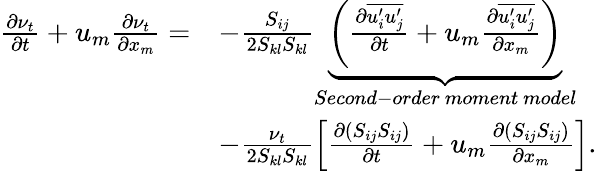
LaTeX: \begin{array}{rl}{\frac{\partial\nu_{t}}{\partial t}+u_{m}\frac{\partial\nu_{t}}{\partial x_{m}}=}&{-\frac{S_{ij}}{2S_{kl}S_{kl}}\underbrace{\left(\frac{\partial\overline{{u_{i}^{\prime}u_{j}^{\prime}}}}{\partial t}+u_{m}\frac{\partial\overline{{u_{i}^{\prime}u_{j}^{\prime}}}}{\partial x_{m}}\right)}_{Second-order\ moment\ model}}\\ &{-\frac{\nu_{t}}{2S_{kl}S_{kl}}\left[\frac{\partial\left(S_{ij}S_{ij}\right)}{\partial t}+u_{m}\frac{\partial\left(S_{ij}S_{ij}\right)}{\partial x_{m}}\right].}\end{array}